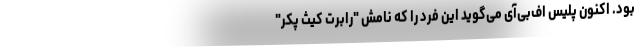
بود. اکنون پلیس اف‌بی‌آی می‌گوید این فرد را که نامش "رابرت کیث پکر"